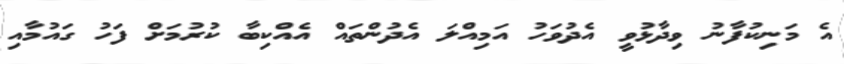
އެ މަނިކުފާނު ވިދާޅުވީ އެދުވަހު އަމިއްލަ އެދުންތައް އެއްކިބާ ކުރުމަށް ފަހު ގައުމާއި